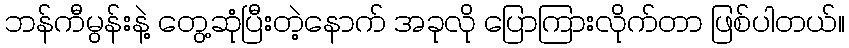
ဘန်ကီမွန်းနဲ့ တွေ့ဆုံပြီးတဲ့နောက် အခုလို ပြောကြားလိုက်တာ ဖြစ်ပါတယ်။